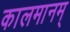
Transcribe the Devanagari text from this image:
कालमानम्